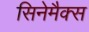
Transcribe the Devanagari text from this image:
सिनेमैक्स